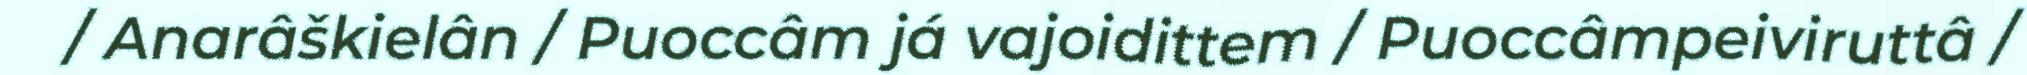
/ Anarâškielân / Puoccâm já vajoidittem / Puoccâmpeiviruttâ /